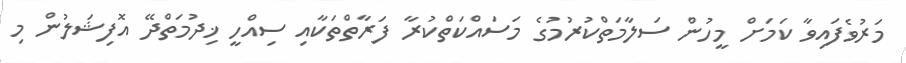
މަރުވެފައިވާ ކަމަށް މީހުން ސަލާމަތްކުރުމުގެ މަސައްކަތްކުރާ ފަރާތްތަކާއި ސިއްހީ ޚިދުމަތްދޭ އޮފިޝަލުން މި